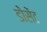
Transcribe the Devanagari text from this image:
डोसेंट